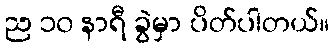
ည ၁၀ နာရီ ခွဲမှာ ပိတ်ပါတယ်။